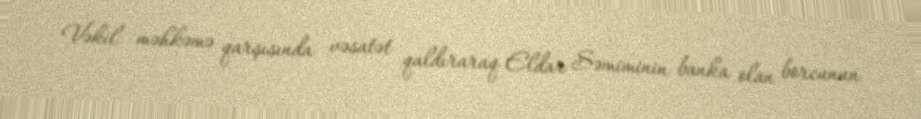
Vəkil məhkəmə qarşısında vəsatət qaldıraraq Eldar Səmiminin banka olan borcunun